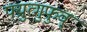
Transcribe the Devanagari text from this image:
फ्य्रुत्गुफुव्